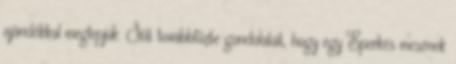
ajándékkal meglepjük. Sőt továbbfűzte gondolatát, hogy egy Eperkés mesének